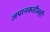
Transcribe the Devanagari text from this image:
जपानकडीलही